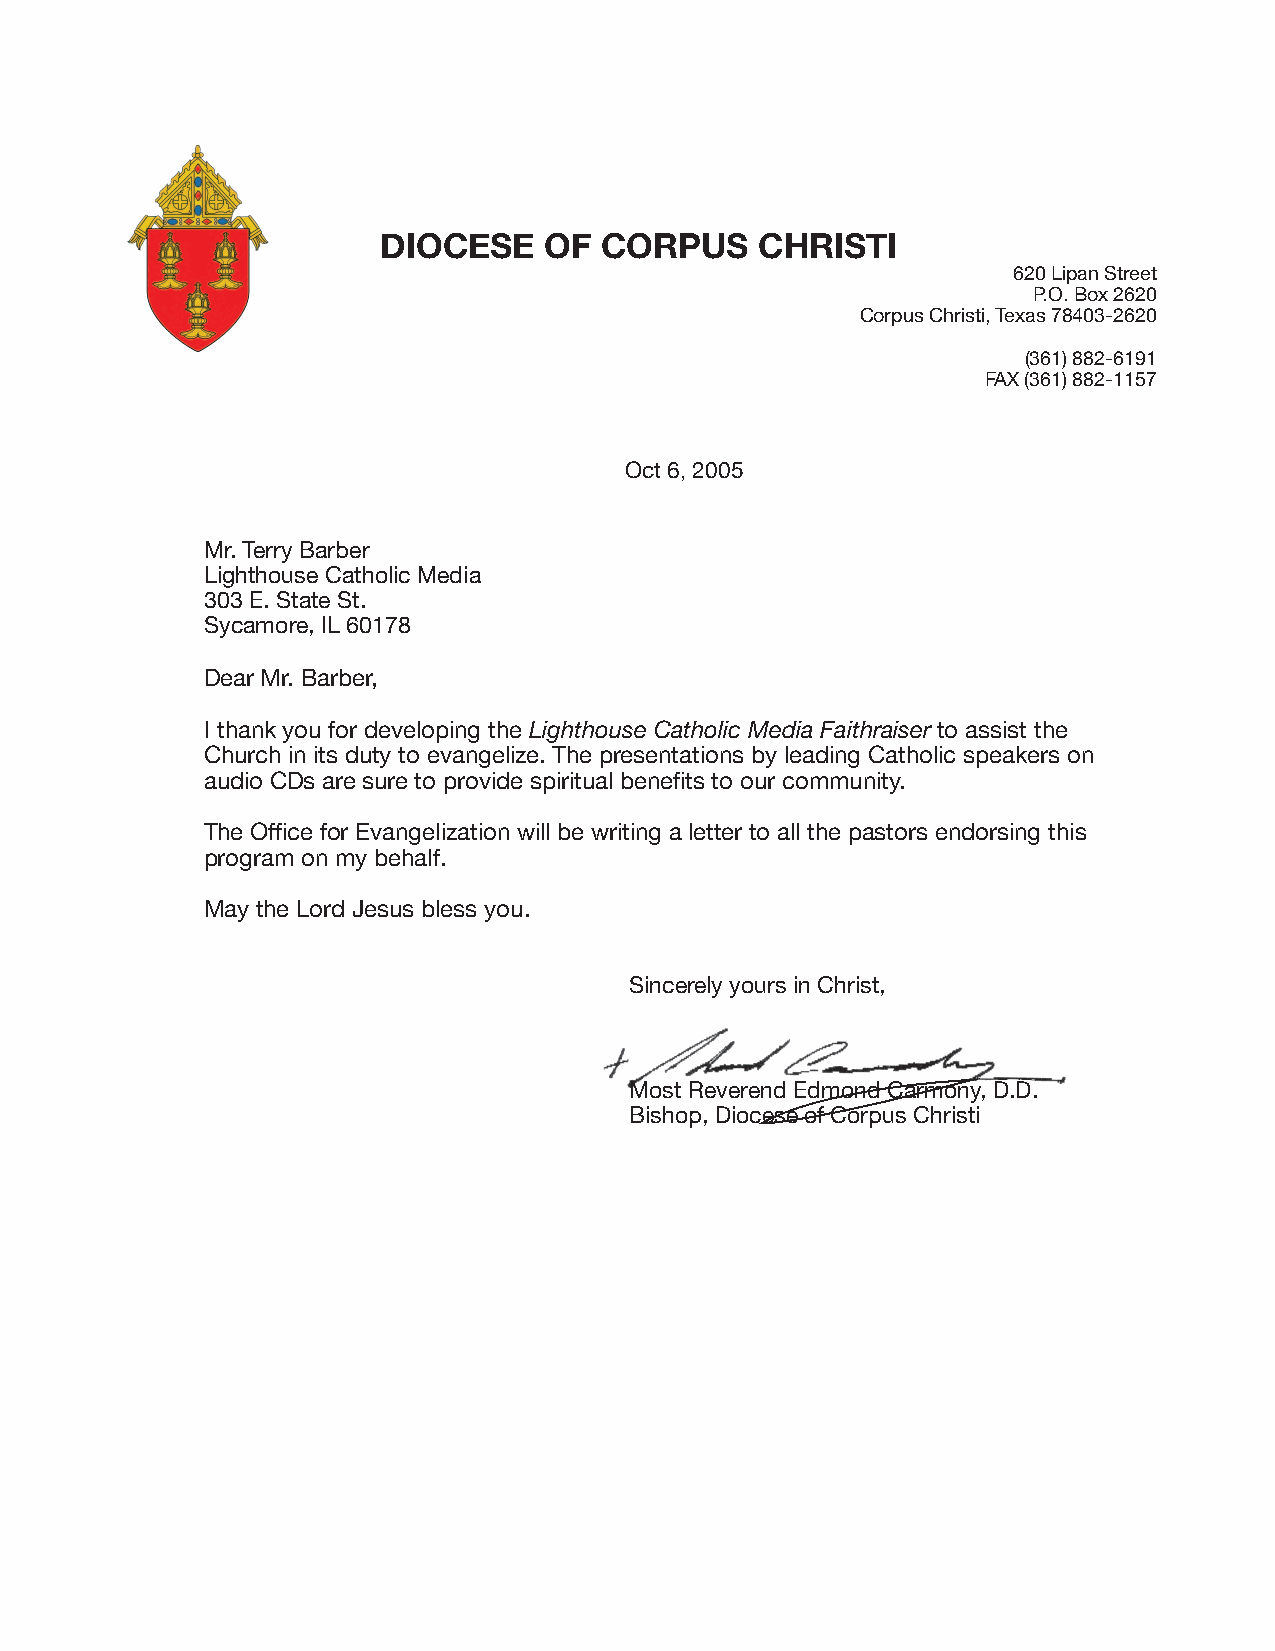
DIOCESE    OF  CORPUS    CHRISTI
 620 Lipan Street
 P.O. Box 2620
 Corpus Christi, Texas 78403-2620
 (361) 882-6191
 FAX (361) 882-1157
 Oct 6, 2005
 Mr. Terry Barber
 Lighthouse Catholic Media
 303 E. State St.
 Sycamore, IL 60178
 Dear Mr. Barber,
 I thank you for developing the Lighthouse Catholic Media Faithraiser to assist the
 Church in its duty to evangelize. The presentations by leading Catholic speakers on
 audio CDs are sure to provide spiritual benefits to our community.
 The Office for Evangelization will be writing a letter to all the pastors endorsing this
 program on my behalf.
 May the Lord Jesus bless you.
 Sincerely yours in Christ,
 Most Reverend Edmond Carmony, D.D.
 Bishop, Diocese of Corpus Christi